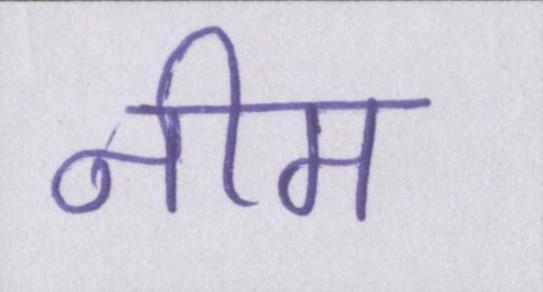
नीम